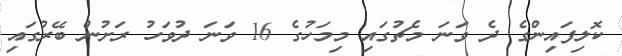
ކޮލިފައިންގެ ދެ ވަނަ މެޗުގައި މިމަހުގެ 16 ވަނަ ދުވަހު ރަށުން ބޭރުގައި